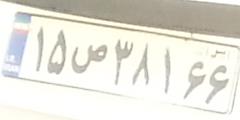
۱۵ص۳۸۱۶۶